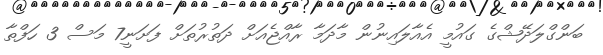
ބަންގްލަދޭޝްގެ ގައުމީ އެއާލައިނުން މާދަމާ ރާއްޖެއަށް ދަތުރުތަށް ފަށަނީ7 މަސް 3 ހަފްތާ